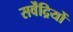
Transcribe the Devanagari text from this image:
सर्वेंद्रियों